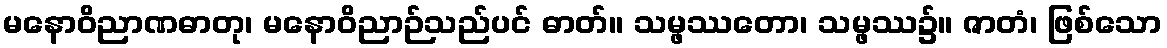
မနောဝိညာဏဓာတု၊ မနောဝိညာဉ်သည်ပင် ဓာတ်။ သမ္ဖဿတော၊ သမ္ဖဿ၌။ ဇာတံ၊ ဖြစ်သော